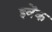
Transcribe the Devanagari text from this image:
इवेंक